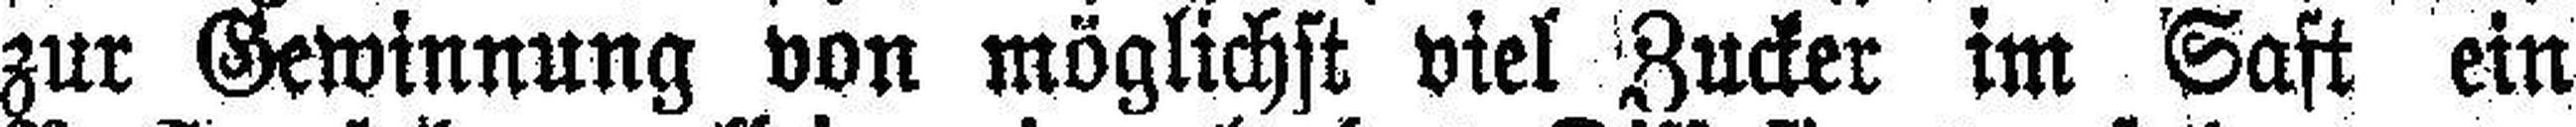
zur Gewinnung von möglichst viel Zucker im Saft ein